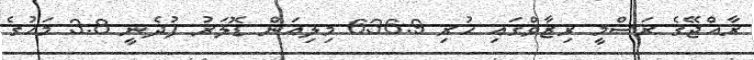
ރާއްޖޭގެ ރަސްމީ ރިޒާވްގައި ހުރި 636.9 މިލިއަން ޑޮލަރު ފުދެނީ 3.8 މަހުގެ